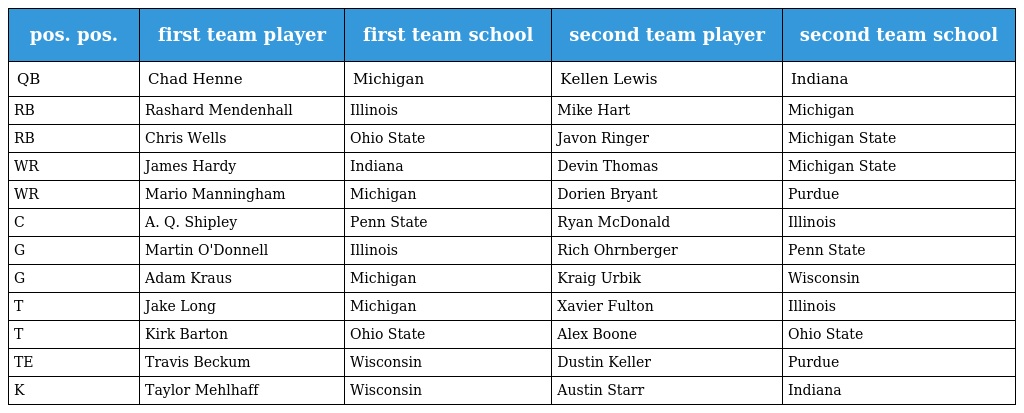
| pos. pos. | first team player | first team school | second team player | second team school |
 | --- | --- | --- | --- | --- |
 | QB | Chad Henne | Michigan | Kellen Lewis | Indiana |
 | RB | Rashard Mendenhall | Illinois | Mike Hart | Michigan |
 | RB | Chris Wells | Ohio State | Javon Ringer | Michigan State |
 | WR | James Hardy | Indiana | Devin Thomas | Michigan State |
 | WR | Mario Manningham | Michigan | Dorien Bryant | Purdue |
 | C | A. Q. Shipley | Penn State | Ryan McDonald | Illinois |
 | G | Martin O'Donnell | Illinois | Rich Ohrnberger | Penn State |
 | G | Adam Kraus | Michigan | Kraig Urbik | Wisconsin |
 | T | Jake Long | Michigan | Xavier Fulton | Illinois |
 | T | Kirk Barton | Ohio State | Alex Boone | Ohio State |
 | TE | Travis Beckum | Wisconsin | Dustin Keller | Purdue |
 | K | Taylor Mehlhaff | Wisconsin | Austin Starr | Indiana |